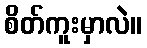
စိတ်ကူးမှာလဲ။